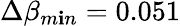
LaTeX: \Delta\beta_{m\mathbf{i}n}=0.051